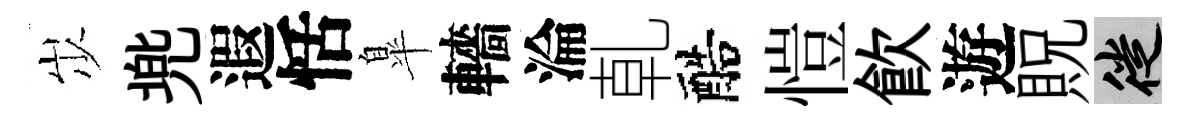
𡵯兠遐恬臯轖淪乹醅愷飮遊貺徙